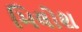
મિલોશ